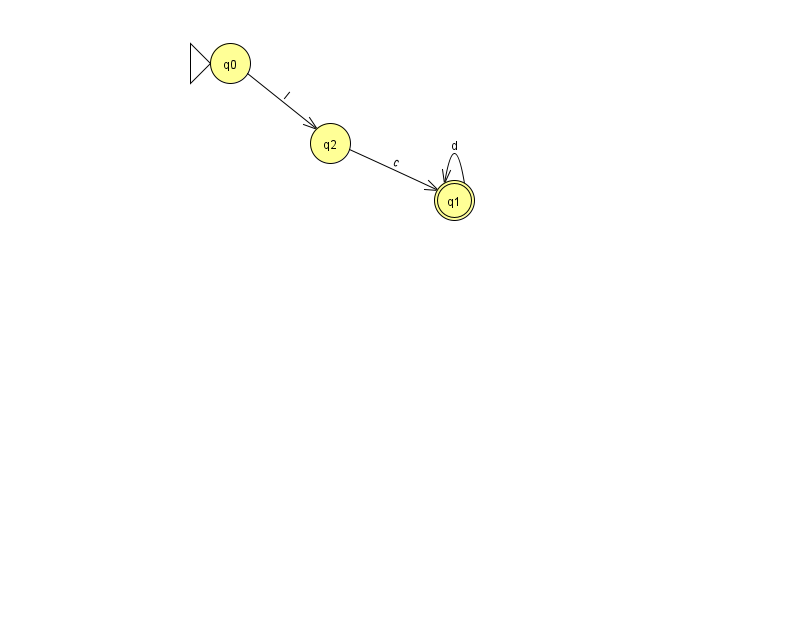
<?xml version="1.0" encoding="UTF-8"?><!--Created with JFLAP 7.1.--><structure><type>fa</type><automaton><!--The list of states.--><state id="0" name="q0"><x>230.0</x><y>50.0</y><initial/></state><state id="1" name="q1"><x>454.0</x><y>187.0</y><final/></state><state id="2" name="q2"><x>330.0</x><y>130.0</y></state><!--The list of transitions.--><transition><from>1</from><to>1</to><read>d</read></transition><transition><from>2</from><to>1</to><read>c</read></transition><transition><from>0</from><to>2</to><read>l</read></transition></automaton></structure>